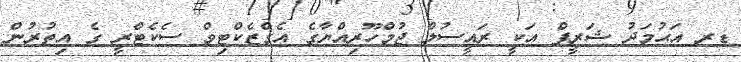
ޑރ އަޙުމަދު ޝަރީފް އަކީ ރައީސުލް ޖުމްހޫރިއްޔާގެ އެގްޒެކްޓިވް ސެކެޓްރީ ގެ އިތުރުން